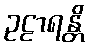
ဥဠာရန္တိ